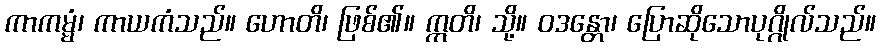
ကာကမ္မံ၊ ကာယကံသည်။ ဟောတိ၊ ဖြစ်၏။ ဣတိ၊ သို့။ ဝဒန္တော၊ ပြောဆိုသောပုဂ္ဂိုလ်သည်။